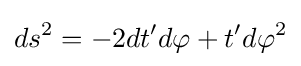
ds^{2}=-2dt'd\varphi +t'd\varphi ^{2}